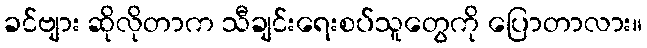
ခင်ဗျား ဆိုလိုတာက သီချင်းရေးစပ်သူတွေကို ပြောတာလား။